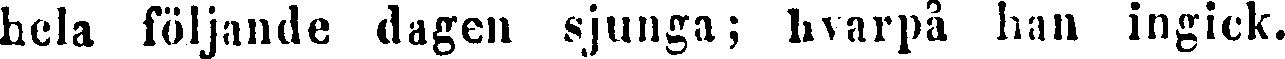
hela följande dagen sjunga; hvarpå han ingick.